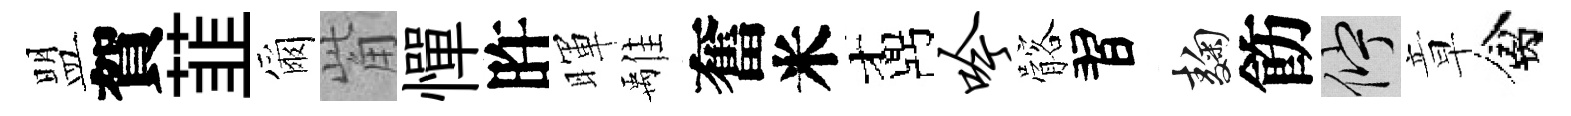
盟賀韮爾觜憚旿暉𩀌奮米鼒吟髂習麹飭伫章禽